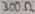
Text: 330Ω